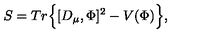
S = T r \Big \{ [ D _ { \mu } , \Phi ] ^ { 2 } - V ( \Phi ) \Big \} ,